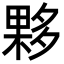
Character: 夥